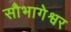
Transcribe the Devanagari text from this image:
सौभागेश्वर